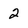
Character: 2